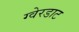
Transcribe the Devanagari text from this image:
ग्वेरडाट